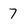
Character: 7